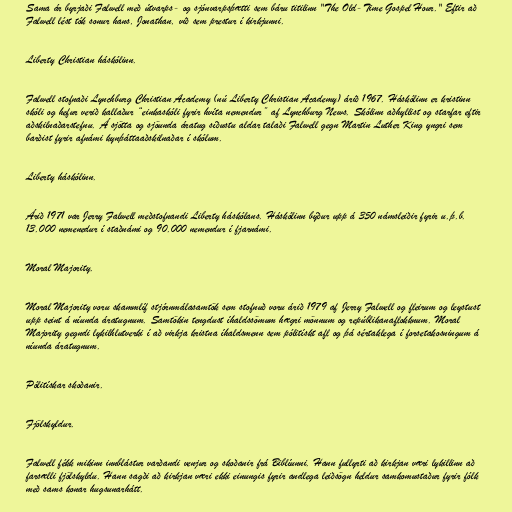
Sama ár byrjaði Falwell með útvarps- og sjónvarpsþætti sem báru titilinn "The Old-Time Gospel Hour." Eftir að
Falwell lést tók sonur hans, Jonathan, við sem prestur í kirkjunni.

Liberty Christian háskólinn.

Falwell stofnaði Lynchburg Christian Academy (nú Liberty Christian Academy) árið 1967. Háskólinn er kristinn
skóli og hefur verið kallaður “einkaskóli fyrir hvíta nemendur” af Lynchburg News. Skólinn aðhyllist og starfar eftir
aðskilnaðarstefnu. Á sjötta og sjöunda áratug síðustu aldar talaði Falwell gegn Martin Luther King yngri sem
barðist fyrir afnámi kynþáttaaðskilnaðar í skólum.

Liberty háskólinn.

Árið 1971 var Jerry Falwell meðstofnandi Liberty háskólans. Háskólinn býður upp á 350 námsleiðir fyrir u.þ.b.
13.000 nemenedur í staðnámi og 90.000 nemendur í fjarnámi.

Moral Majority.

Moral Majority voru skammlíf stjórnmálasamtök sem stofnuð voru árið 1979 af Jerry Falwell og fleirum og leystust
upp seint á níunda áratugnum. Samtökin tengdust íhaldssömum hægri mönnum og repúblikanaflokknum. Moral
Majority gegndi lykilhlutverki í að virkja kristna íhaldsmenn sem pólitískt afl og þá sértaklega í forsetakosningum á
níunda áratugnum.

Pólitískar skoðanir.

Fjölskyldur.

Falwell fékk mikinn innblástur varðandi venjur og skoðanir frá Biblíunni. Hann fullyrti að kirkjan væri lykillinn að
farsælli fjölskyldu. Hann sagði að kirkjan væri ekki einungis fyrir andlega leiðsögn heldur samkomustaður fyrir fólk
með sams konar hugsunarhátt.